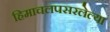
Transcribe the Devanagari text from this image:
हिमाचलपसरलेल्या